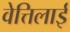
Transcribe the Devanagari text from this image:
वेत्तिलाई